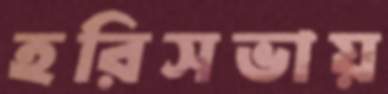
হরিসভায়